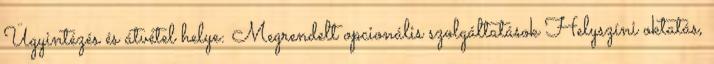
Ügyintézés és átvétel helye: Megrendelt opcionális szolgáltatások Helyszíni oktatás,